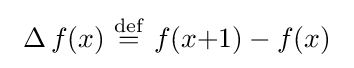
\ \operatorname {\Delta } f(x)~{\stackrel {\mathrm {def} }{=}}~f(x{+}1)-f(x)\